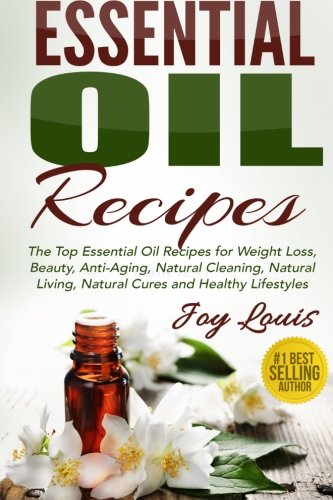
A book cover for Essential Oil Recipes: Top Essential Oil Recipes for Weight Loss, Beauty, Anti-Aging, Natural Cleaning, Natural Living, Natural Cures and Healthy ... Essential Oil Recipe Guide ) (Volume 1); Joy Louis; Health, Fitness & Dieting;